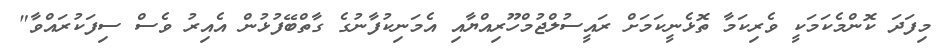
މިފަދަ ކޮންމެކަމަކީ ވެރިކަމާ ތޮޅެނީކަމަށް ރައީސުލްޖުމްހޫރިއްޔާއި އެމަނިކުފާނުގެ ގާތްބޭފުޅުން އެއިރު ވެސް ސިފަކުރައްވާ"